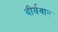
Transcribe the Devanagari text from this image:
वीर्यवान्